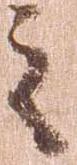
之